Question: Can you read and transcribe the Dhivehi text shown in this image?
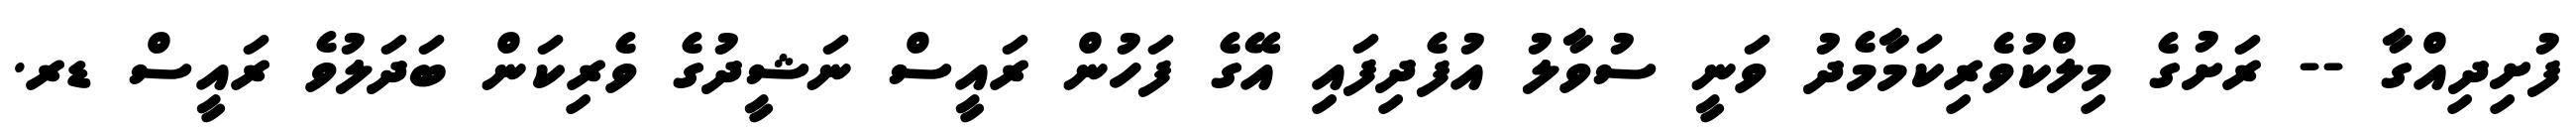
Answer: ފުށިދިއްގާ -- ރަށުގެ މިލްކުވެރިކަމާމެދު ވަނީ ސުވާލު އުފެދިފައި އޭގެ ފަހުން ރައީސް ނަޝީދުގެ ވެރިކަން ބަދަލުވެ ރައީސް ޑރ.